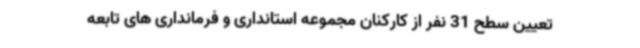
تعیین سطح 31 نفر از کارکنان مجموعه استانداری و فرمانداری های تابعه